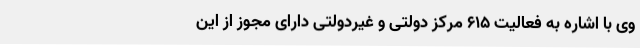
وی با اشاره به فعالیت 615 مرکز دولتی و غیردولتی دارای مجوز از این